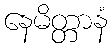
နေမိတ္တာနံ